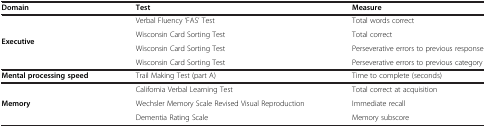
<table><thead><tr><td><b>Domain</b></td><td><b>Test</b></td><td><b>Measure</b></td></tr></thead><tbody><tr><td rowspan="4"><b>Executive</b></td><td>Verbal Fluency ‘FAS’ Test</td><td>Total words correct</td></tr><tr><td>Wisconsin Card Sorting Test</td><td>Total correct</td></tr><tr><td>Wisconsin Card Sorting Test</td><td>Perseverative errors to previous response</td></tr><tr><td>Wisconsin Card Sorting Test</td><td>Perseverative errors to previous category</td></tr><tr><td><b>Mental processing speed</b></td><td>Trail Making Test (part A)</td><td>Time to complete (seconds)</td></tr><tr><td rowspan="3"><b>Memory</b></td><td>California Verbal Learning Test</td><td>Total correct at acquisition</td></tr><tr><td>Wechsler Memory Scale Revised Visual Reproduction</td><td>Immediate recall</td></tr><tr><td>Dementia Rating Scale</td><td>Memory subscore</td></tr></tbody></table>